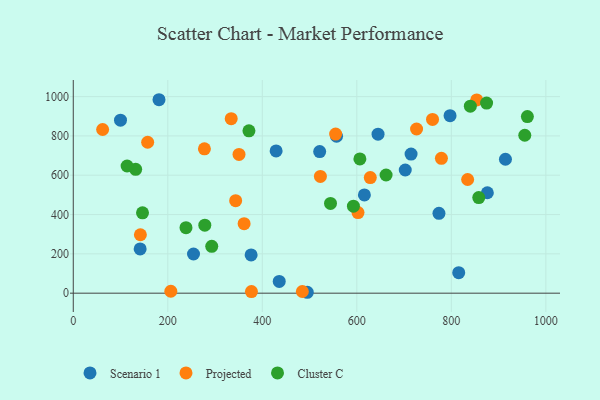
{"axis": {"x": "Distance", "y": "Demand"}, "legend": ["Cluster C", "Projected", "Scenario 1"], "data": [{"x": "773.8", "y": 406.0, "type": "Scenario 1"}, {"x": "141.5", "y": 225.0, "type": "Scenario 1"}, {"x": "429.2", "y": 723.7, "type": "Scenario 1"}, {"x": "99.9", "y": 880.1, "type": "Scenario 1"}, {"x": "435.8", "y": 59.9, "type": "Scenario 1"}, {"x": "702.5", "y": 626.6, "type": "Scenario 1"}, {"x": "376.3", "y": 194.5, "type": "Scenario 1"}, {"x": "616.0", "y": 499.7, "type": "Scenario 1"}, {"x": "254.4", "y": 199.2, "type": "Scenario 1"}, {"x": "181.4", "y": 984.1, "type": "Scenario 1"}, {"x": "714.8", "y": 707.4, "type": "Scenario 1"}, {"x": "876.2", "y": 510.8, "type": "Scenario 1"}, {"x": "797.3", "y": 903.2, "type": "Scenario 1"}, {"x": "521.4", "y": 720.1, "type": "Scenario 1"}, {"x": "815.6", "y": 104.3, "type": "Scenario 1"}, {"x": "495.2", "y": 4.6, "type": "Scenario 1"}, {"x": "644.9", "y": 808.8, "type": "Scenario 1"}, {"x": "914.5", "y": 681.2, "type": "Scenario 1"}, {"x": "557.1", "y": 798.2, "type": "Scenario 1"}, {"x": "343.6", "y": 470.4, "type": "Projected"}, {"x": "602.5", "y": 410.0, "type": "Projected"}, {"x": "779.0", "y": 685.9, "type": "Projected"}, {"x": "157.4", "y": 767.9, "type": "Projected"}, {"x": "760.2", "y": 884.1, "type": "Projected"}, {"x": "628.5", "y": 588.1, "type": "Projected"}, {"x": "350.7", "y": 705.6, "type": "Projected"}, {"x": "361.5", "y": 353.8, "type": "Projected"}, {"x": "555.2", "y": 809.5, "type": "Projected"}, {"x": "726.4", "y": 835.2, "type": "Projected"}, {"x": "377.0", "y": 8.3, "type": "Projected"}, {"x": "522.9", "y": 593.9, "type": "Projected"}, {"x": "62.1", "y": 832.6, "type": "Projected"}, {"x": "853.7", "y": 983.2, "type": "Projected"}, {"x": "277.5", "y": 734.4, "type": "Projected"}, {"x": "142.0", "y": 297.2, "type": "Projected"}, {"x": "206.4", "y": 9.9, "type": "Projected"}, {"x": "484.7", "y": 8.6, "type": "Projected"}, {"x": "334.2", "y": 887.9, "type": "Projected"}, {"x": "834.5", "y": 578.4, "type": "Projected"}, {"x": "371.7", "y": 825.8, "type": "Cluster C"}, {"x": "278.3", "y": 345.8, "type": "Cluster C"}, {"x": "238.5", "y": 333.0, "type": "Cluster C"}, {"x": "606.5", "y": 683.0, "type": "Cluster C"}, {"x": "874.6", "y": 967.0, "type": "Cluster C"}, {"x": "544.3", "y": 456.7, "type": "Cluster C"}, {"x": "661.9", "y": 601.2, "type": "Cluster C"}, {"x": "592.8", "y": 442.8, "type": "Cluster C"}, {"x": "146.5", "y": 408.7, "type": "Cluster C"}, {"x": "293.0", "y": 238.4, "type": "Cluster C"}, {"x": "858.0", "y": 486.1, "type": "Cluster C"}, {"x": "955.4", "y": 803.4, "type": "Cluster C"}, {"x": "960.9", "y": 898.3, "type": "Cluster C"}, {"x": "132.0", "y": 630.1, "type": "Cluster C"}, {"x": "113.9", "y": 646.9, "type": "Cluster C"}, {"x": "840.2", "y": 951.5, "type": "Cluster C"}]}